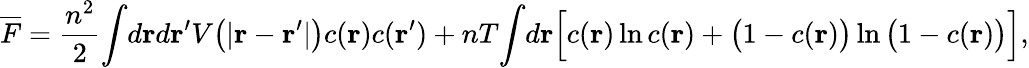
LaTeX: \begin{array}{l}{\displaystyle{\overline{{F}}=\frac{n^{2}}{2}\! \int\! d{\mathbf r}d{\mathbf r}^{\prime}V\big(|{\mathbf r}-{\mathbf r}^{\prime}|\big)c({\mathbf r})c({\mathbf r}^{\prime})+nT\! \int\! d{\mathbf r}\Big[c({\mathbf r})\ln c({\mathbf r})+\big(1-c({\mathbf r})\big)\ln\big(1-c({\mathbf r})\big)\Big],}}\end{array}